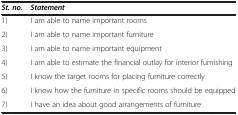
<table><thead><tr><td><b><i>St. no.</i></b></td><td><b><i>Statement</i></b></td></tr></thead><tbody><tr><td>1)</td><td>I am able to name important rooms</td></tr><tr><td>2)</td><td>I am able to name important furniture</td></tr><tr><td>3)</td><td>I am able to name important equipment</td></tr><tr><td>4)</td><td>I am able to estimate the financial outlay for interior furnishing</td></tr><tr><td>5)</td><td>I know the target rooms for placing furniture correctly</td></tr><tr><td>6)</td><td>I know how the furniture in specific rooms should be equipped</td></tr><tr><td>7)</td><td>I have an idea about good arrangements of furniture</td></tr></tbody></table>